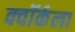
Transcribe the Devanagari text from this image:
क्वॉर्कला